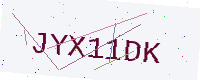
Text: JYX11DK